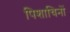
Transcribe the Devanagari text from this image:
पिशाचिनों